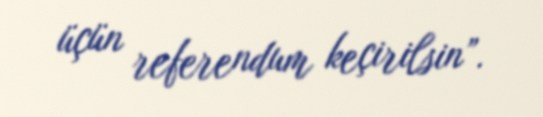
üçün referendum keçirilsin”.